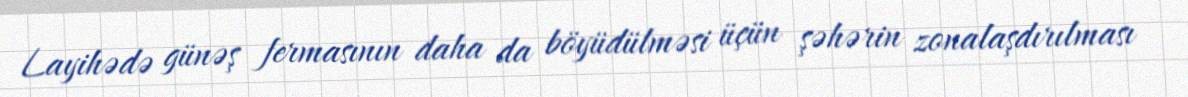
Layihədə günəş fermasının daha da böyüdülməsi üçün şəhərin zonalaşdırılması